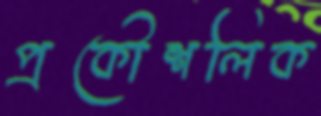
প্রকৌশলিক